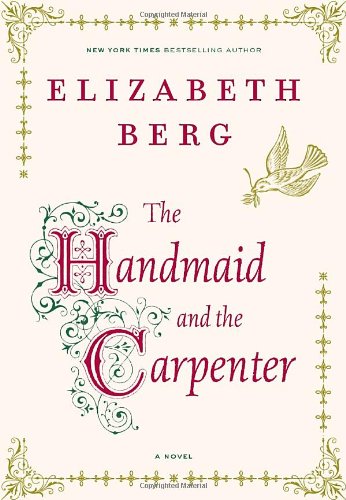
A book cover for The Handmaid and the Carpenter: A Novel; Elizabeth Berg; Christian Books & Bibles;